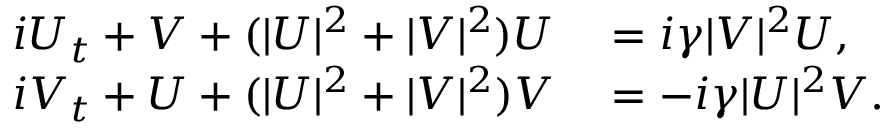
\begin{array} { r l } { i U _ { t } + V + ( | U | ^ { 2 } + | V | ^ { 2 } ) U } & { { } = i \gamma | V | ^ { 2 } U , } \\ { i V _ { t } + U + ( | U | ^ { 2 } + | V | ^ { 2 } ) V } & { { } = - i \gamma | U | ^ { 2 } V . } \end{array}